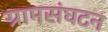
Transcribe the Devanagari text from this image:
ग्रामसंघटन